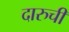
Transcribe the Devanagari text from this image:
दारुची